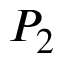
P _ { 2 }